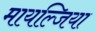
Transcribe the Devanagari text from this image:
मायल्जिया